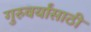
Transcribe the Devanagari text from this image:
गुरुवर्यांसाठी